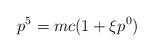
LaTeX: \begin{align*}p^5 = mc(1 + \xi p^0)\end{align*}